Annual administration report of the Civil Veterinary Department of India - 1895-1896
Year: 1895
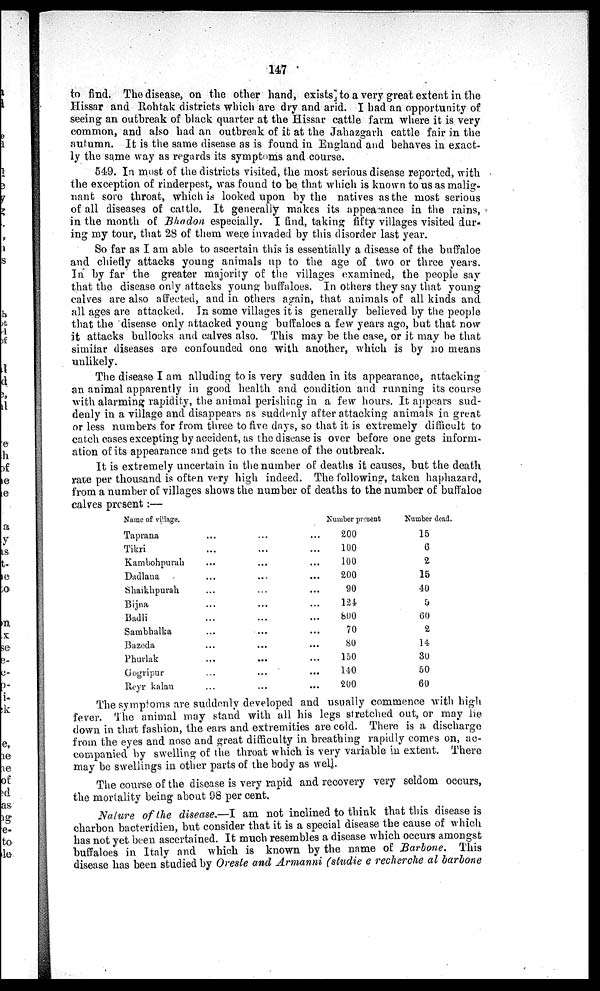
147
to find. The disease, on the other hand, exists to a very great extent in the
Hissar and Rohtak districts which are dry and arid. I had an opportunity of
seeing an outbreak of black quarter at the Hissar cattle farm where it is very
common, and also had an outbreak of if at the Jahazgarh cattle fair in the
autumn. It is the same disease as is found in England and behaves in exact-
ly the same way as regards its symptoms and course.
549. In most of the districts visited, the most serious disease reported, with
the exception of rinderpest, was found to be that which is known to us as malig-
nant sore throat, which is looked upon by the natives as the most serious
of all diseases of cattle. It generally makes its appea ance in the rains,
in the month of Bhadon especially. I find, taking fifty villages visited dur-
ing my tour, that 28 of them were invaded by this disorder last year.
So far as I am able to ascertain this is essentially a disease of the buffaloe
and chiefly attacks young animals up to the age of two or three years.
In by far the greater majority of the villages examined, the people say
that the disease only attacks young buffaloes. In others they say that young
calves are also affected, and in others again, that animals of all kinds and
all ages are attacked. In some villages it is generally believed by the people
that the disease only attacked young buffaloes a few years ago, but that now
it attacks bullocks and calves also. This may be the case, or it may be that
similar diseases are confounded one with another, which is by no means
unlikely.
The disease I am alluding to is very sudden in its appearance, attacking
an animal apparently in good health and condition and running its course
with alarming rapidity, the animal perishing in a few hours. It appears sud-
denly in a village and disappears as suddenly after attacking animals in great
or less numbers for from three to five days, so that it is extremely difficult to
catch cases excepting by accident, as the disease is over before one gets inform-
ation of its appearance and gets to the scene of the outbreak.
It is extremely uncertain in the number of deaths it causes, but the death
rate per thousand is often very high indeed. The following, taken haphazard,
from a number of villages shows the number of deaths to the number of buffaloe
calves present:—
Name of village.
Taprana
Tikri
Kambohpurah
Dadlana
Shaikhpurah
Bijna
Badli
Sambhalka
Bazeda
Phurlak
Gogripur
Reyr kalan
...
...
...
...
...
...
...
...
...
...
...
...
...
...
...
...
...
...
...
...
...
...
...
...
...
...
...
...
...
...
...
...
...
...
...
...
Number present
200
100
100
200
90
124
800
70
80
150
140
200
Number dead.
15
6
2
15
40
5
60
2
14
30
50
60
The symptoms are suddenly developed and usually commence with high
fever. The animal may stand with all his legs stretched out, or may lie
down in that fashion, the ears and extremities are cold. There is a discharge
from the eyes and nose and great difficulty in breathing rapidly comes on, ac-
companied by swelling of the throat which is very variable in extent. There
may be swellings in other parts of the body as well.
The course of the disease is very rapid and recovery very seldom occurs,
the mortality being about 98 per cent.
Nature of the disease.—I am not inclined to think that this disease is
charbon bacteridien, but consider that it is a special disease the cause of which
has not yet been ascertained. It much resembles a disease which occurs amongst
buffaloes in Italy and which is known by the name of Barbone. This
disease has been studied by Oreste and Armanni (studie e recherche al barbone